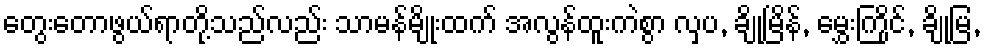
တွေးတောဖွယ်ရာတို့သည်လည်း သာမန်မျိုးထက် အလွန်ထူးကဲစွာ လှပ, ချိုမြိန်, မွှေးကြိုင်, ချိုမြ,